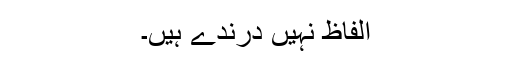
الفاظ نہیں درندے ہیں۔